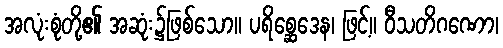
အလုံးစုံတို့၏ အဆုံး၌ဖြစ်သော။ ပရိစ္ဆေဒေန၊ ဖြင့်။ ဝီသတိဂဏော၊